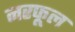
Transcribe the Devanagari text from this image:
नरफूल